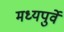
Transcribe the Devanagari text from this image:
मध्यपुर्वे